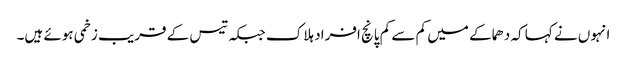
انہوں نے کہا کہ دھماکے میں کم سے کم پانچ افراد ہلاک جبکہ تیس کے قریب زخمی ہوئے ہیں۔